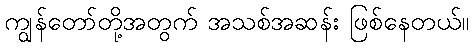
ကျွန်တော်တို့အတွက် အသစ်အဆန်း ဖြစ်နေတယ်။